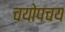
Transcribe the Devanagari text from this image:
चयोपचय